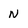
Character: n